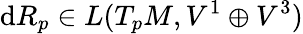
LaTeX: \mathrm{d}R_{p}\in L(T_{p}M,V^{1}\oplus V^{3})